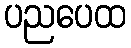
ပညပေထ